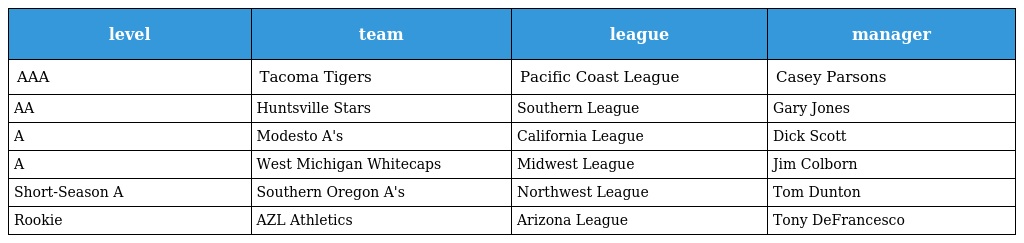
| level | team | league | manager |
 | --- | --- | --- | --- |
 | AAA | Tacoma Tigers | Pacific Coast League | Casey Parsons |
 | AA | Huntsville Stars | Southern League | Gary Jones |
 | A | Modesto A's | California League | Dick Scott |
 | A | West Michigan Whitecaps | Midwest League | Jim Colborn |
 | Short-Season A | Southern Oregon A's | Northwest League | Tom Dunton |
 | Rookie | AZL Athletics | Arizona League | Tony DeFrancesco |